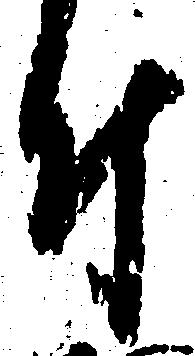
付